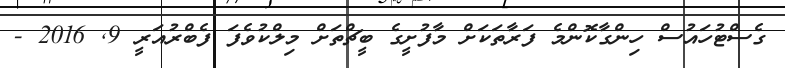
ގެސްޓުހައުސް ހިންގާކޮންމެ ފަރާތަކަށް މާފުށީގެ ބީޗްތަށް މިލްކުވެފަ ފެބްރުއަރީ 9